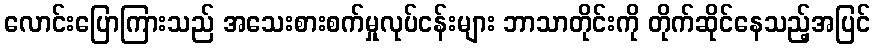
လောင်းပြောကြားသည် အသေးစားစက်မှုလုပ်ငန်းများ ဘာသာတိုင်းကို တိုက်ဆိုင်နေသည့်အပြင်